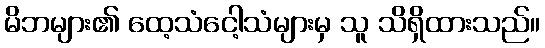
မိဘများ၏ ထေ့သံငေါ့သံများမှ သူ သိရှိထားသည်။